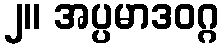
၂။ အပ္ပမာဒဝဂ္ဂ